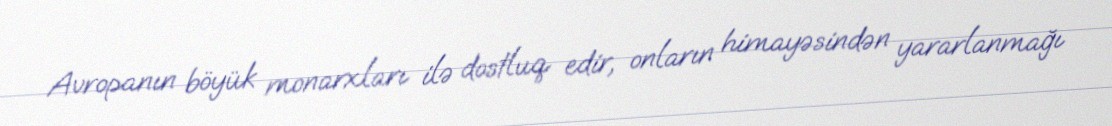
Avropanın böyük monarxları ilə dostluq edir, onların himayəsindən yararlanmağı